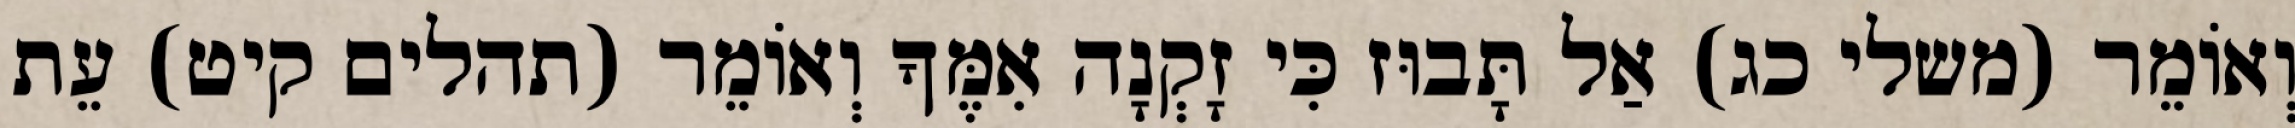
וְאוֹמֵר (משלי כג) אַל תָּבוּז כִּי זָקְנָה אִמֶּךָ וְאוֹמֵר (תהלים קיט) עֵת